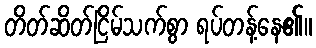
တိတ်ဆိတ်ငြိမ်သက်စွာ ရပ်တန့်နေ၏။